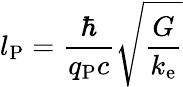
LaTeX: l_{\mathrm{P}}={\frac{\hbar}{q_{\mathrm{P}}c}}{\sqrt{\frac{G}{k_{\mathrm{e}}}}}